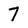
Character: 7